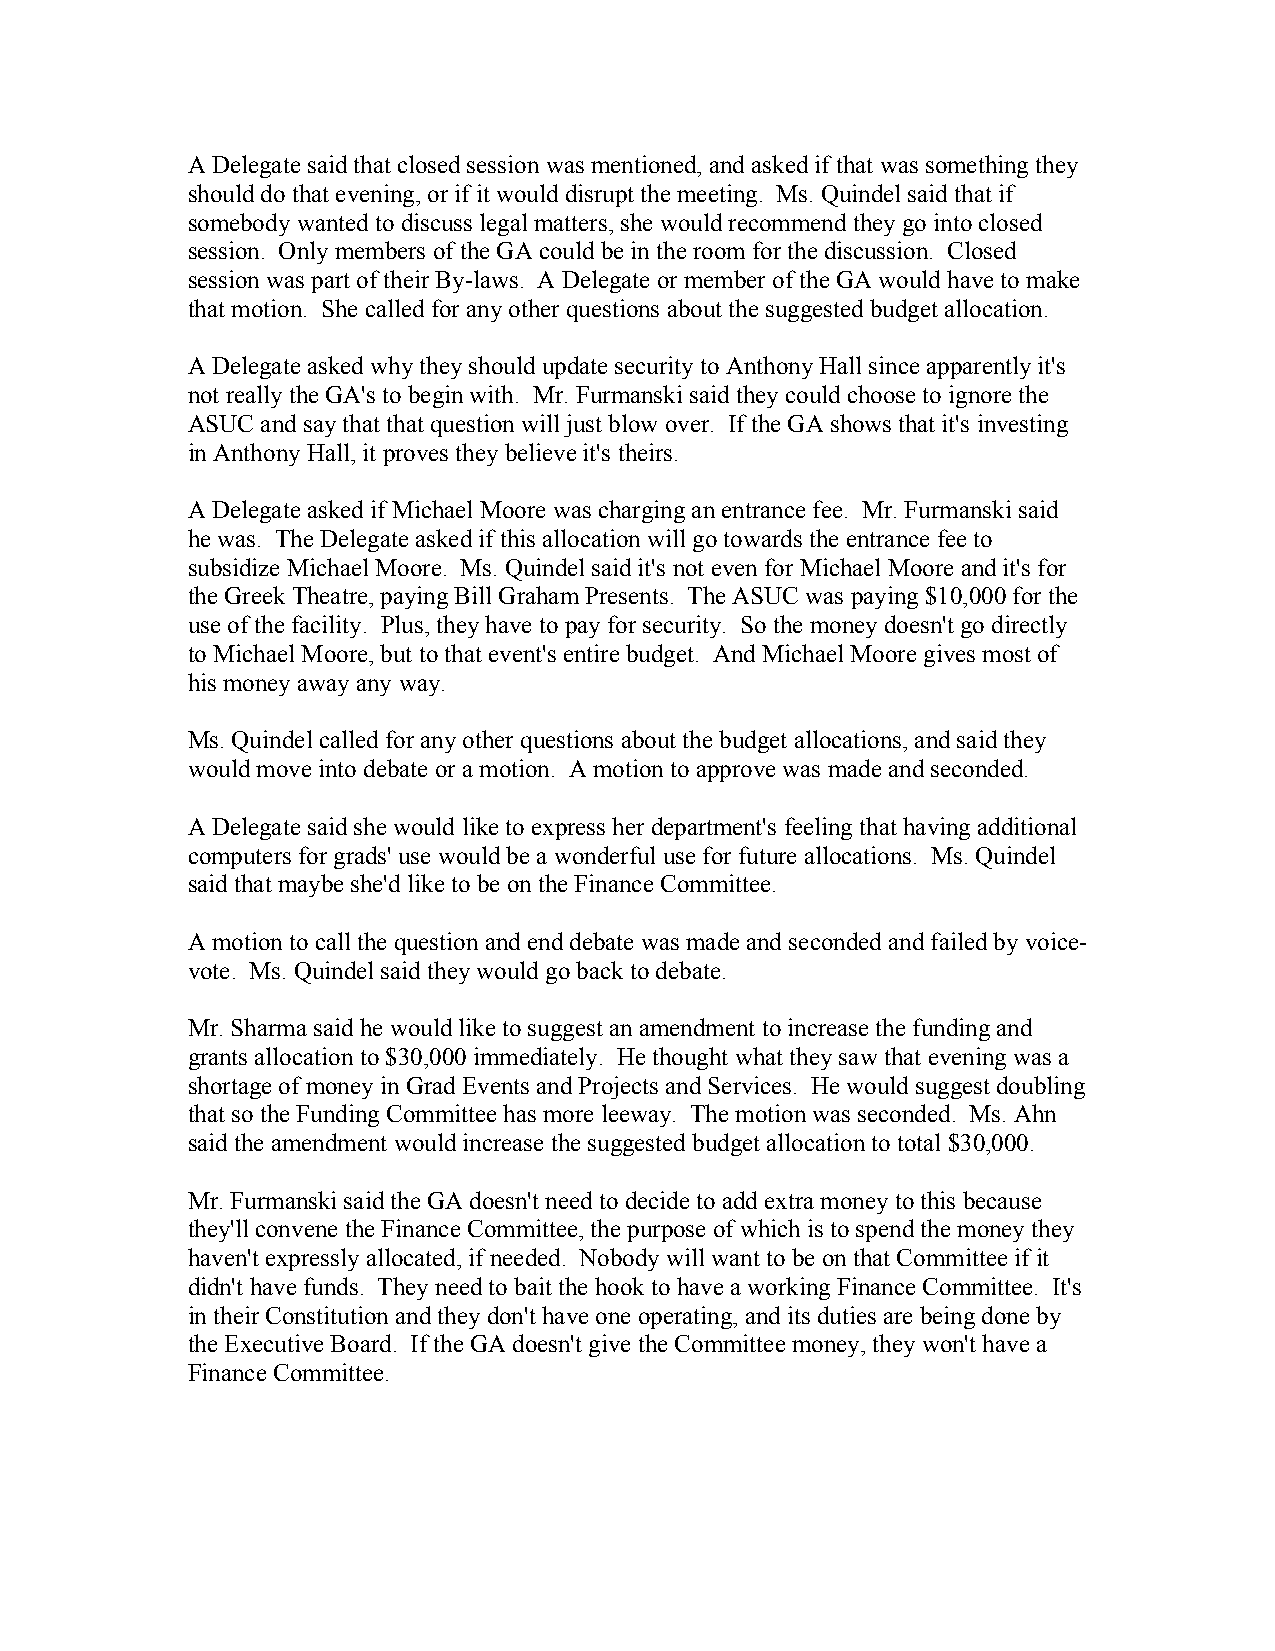
A Delegate said that closed session was mentioned, and asked if that was something they
 should do that evening, or if it would disrupt the meeting. Ms. Quindel said that if
 somebody wanted to discuss legal matters, she would recommend they go into closed
 session. Only members of the GA could be in the room for the discussion. Closed
 session was part of their By-laws. A Delegate or member of the GA would have to make
 that motion. She called for any other questions about the suggested budget allocation.
 A Delegate asked why they should update security to Anthony Hall since apparently it's
 not really the GA's to begin with. Mr. Furmanski said they could choose to ignore the
 ASUC and say that that question will just blow over. If the GA shows that it's investing
 in Anthony Hall, it proves they believe it's theirs.
 A Delegate asked if Michael Moore was charging an entrance fee. Mr. Furmanski said
 he was. The Delegate asked if this allocation will go towards the entrance fee to
 subsidize Michael Moore. Ms. Quindel said it's not even for Michael Moore and it's for
 the Greek Theatre, paying Bill Graham Presents. The ASUC was paying $10,000 for the
 use of the facility. Plus, they have to pay for security. So the money doesn't go directly
 to Michael Moore, but to that event's entire budget. And Michael Moore gives most of
 his money away any way.
 Ms. Quindel called for any other questions about the budget allocations, and said they
 would move into debate or a motion. A motion to approve was made and seconded.
 A Delegate said she would like to express her department's feeling that having additional
 computers for grads' use would be a wonderful use for future allocations. Ms. Quindel
 said that maybe she'd like to be on the Finance Committee.
 A motion to call the question and end debate was made and seconded and failed by voice-
 vote. Ms. Quindel said they would go back to debate.
 Mr. Sharma said he would like to suggest an amendment to increase the funding and
 grants allocation to $30,000 immediately. He thought what they saw that evening was a
 shortage of money in Grad Events and Projects and Services. He would suggest doubling
 that so the Funding Committee has more leeway. The motion was seconded. Ms. Ahn
 said the amendment would increase the suggested budget allocation to total $30,000.
 Mr. Furmanski said the GA doesn't need to decide to add extra money to this because
 they'll convene the Finance Committee, the purpose of which is to spend the money they
 haven't expressly allocated, if needed. Nobody will want to be on that Committee if it
 didn't have funds. They need to bait the hook to have a working Finance Committee. It's
 in their Constitution and they don't have one operating, and its duties are being done by
 the Executive Board. If the GA doesn't give the Committee money, they won't have a
 Finance Committee.